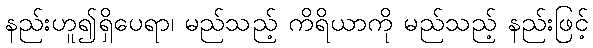
နည်းဟူ၍ရှိပေရာ၊ မည်သည့် ကိရိယာကို မည်သည့် နည်းဖြင့်